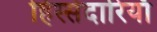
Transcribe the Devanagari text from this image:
हिस्सेदारियाँ